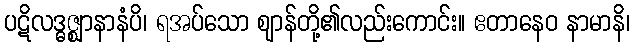
ပဋိလဒ္ဓဇ္ဈာနာနံပိ၊ ရအပ်သော ဈာန်တို့၏လည်းကောင်း။ ဧတာနေဝ နာမာနိ၊